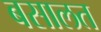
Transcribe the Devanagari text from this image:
बसालत